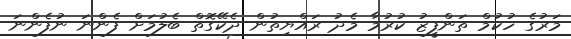
މަރުގެ ހުކުމް ތަންފީޒު ކުރުމާ މެދު ރައްޔިތުން ދެކޭގޮތް ބެލުމަށް ފެންނަ ނުފެންނަ